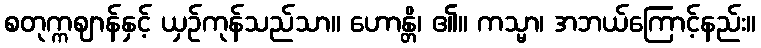
စတုက္ကဈာန်နှင့် ယှဉ်ကုန်သည်သာ။ ဟောန္တိ၊ ၏။ ကသ္မာ၊ အဘယ်ကြောင့်နည်း။